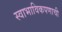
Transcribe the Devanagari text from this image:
स्वाभाविकपणाची